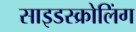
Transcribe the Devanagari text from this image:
साइडस्क्रोलिंग